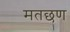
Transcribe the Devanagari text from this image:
मतछण